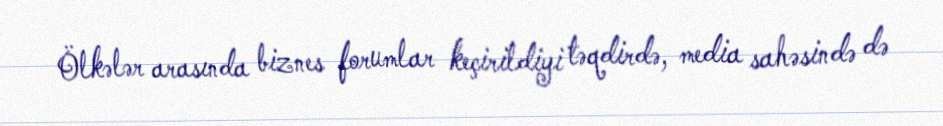
Ölkələr arasında biznes forumlar keçirildiyi təqdirdə, media sahəsində də